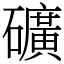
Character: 礦